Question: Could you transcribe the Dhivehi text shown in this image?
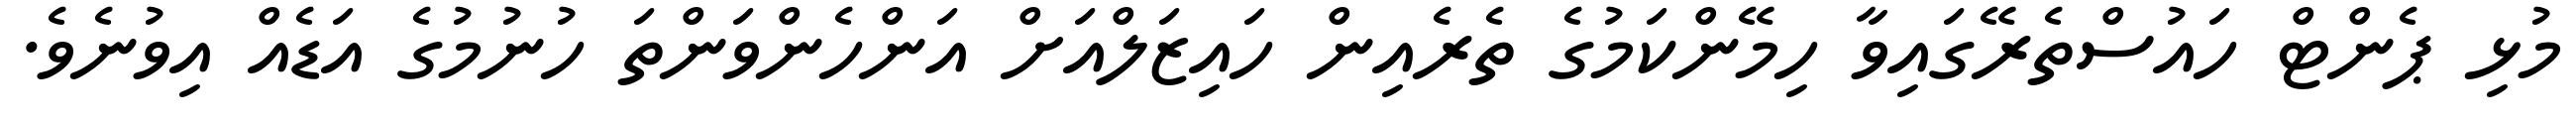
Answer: މުޅި ޕެންޓް ހައުސްތެރޭގައިވާ ހިމޭންކަމުގެ ތެރެއިން ހައިޒަލްއަށް އަންހެންވަންތަ ހުނުމުގެ އަޑެއް އިވުނެވެ.